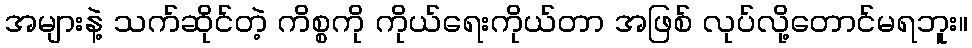
အများနဲ့ သက်ဆိုင်တဲ့ ကိစ္စကို ကိုယ်ရေးကိုယ်တာ အဖြစ် လုပ်လို့တောင်မရဘူး။